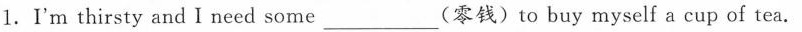
1.I'm thirsty and I need some ___ (零钱) to buy myself a cup of tea.